Medical and sanitary report on the native army of Bombay for the year
Year: 1879
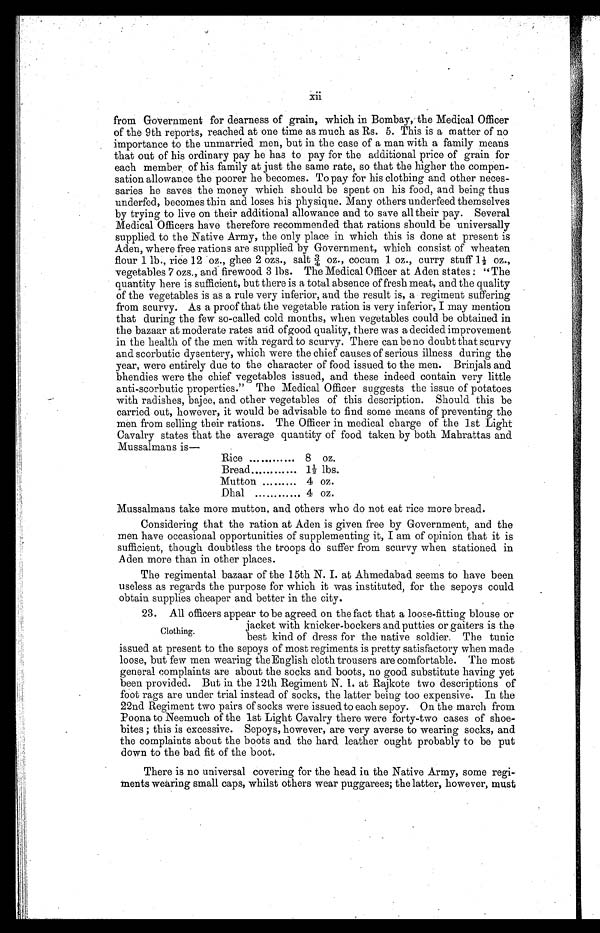
from Government for dearness of grain, which in Bombay, the Medical Officer
of the 9th reports, reached at one time as much as Rs. 5. This is a matter of no
importance to the unmarried men, but in the case of a man with a family means
that out of his ordinary pay he has to pay for the additional price of grain for
each member of his family at just the same rate, so that the higher the compen-
sation allowance the poorer he becomes. To pay for his clothing and other neces-
saries he saves the money which should be spent on his food, and being thus
underfed, becomes thin and loses his physique. Many others underfeed themselves
by trying to live on their additional allowance and to save all their pay. Several
Medical Officers have therefore recommended that rations should be universally
supplied to the Native Army, the only place in which this is done at present is
Aden, where free rations are supplied by Government, which consist of wheaten
flour 1 lb., rice 12 oz., ghee 2 ozs., salt ¾ oz., cocum 1 oz., curry stuff 1½ oz.,
vegetables 7 ozs., and firewood 3 lbs. The Medical Officer at Aden states : “The
quantity here is sufficient, but there is a total absence of fresh meat, and the quality
of the vegetables is as a rule very inferior, and the result is, a regiment suffering
from scurvy. As a proof that the vegetable ration is very inferior, I may mention
that during the few so-called cold months, when vegetables could be obtained in
the bazaar at moderate rates and of good quality, there was a decided improvement
in the health of the men with regard to scurvy. There can be no doubt that scurvy
and scorbutic dysentery, which were the chief causes of serious illness during the
year, were entirely due to the character of food issued to the men. Brinjals and
bhendies were the chief vegetables issued, and these indeed contain very little
anti-scorbutic properties.” The Medical Officer suggests the issue of potatoes
with radishes, bajee, and other vegetables of this description. Should this be
carried out, however, it would be advisable to find some means of preventing the
men from selling their rations. The Officer in medical charge of the 1st Light
Cavalry states that the average quantity of food taken by both Mahrattas and
Mussalmans is
Rice ............ 8 oz.
Bread
1½ lbs.
Mutton
4 oz.
Dhal
4 oz.
Mussalmans take more mutton, and others who do not eat rice more bread.
Considering that the ration at Aden is given free by Government, and the
men have occasional opportunities of supplementing it, I am of opinion that it is
sufficient, though doubtless the troops do suffer from scurvy when stationed in
Aden more than in other places.
The regimental bazaar of the 15th N. I. at Ahmedabad seems to have been
useless as regards the purpose for which it was instituted, for the sepoys could
obtain supplies cheaper and better in the city.
23. All officers appear to be agreed on the fact that a loose-fitting blouse or
jacket with knicker-bockers and putties or gaiters is the
best kind of dress for the native soldier. The tunic
issued at present to the sepoys of most regiments is pretty satisfactory when made
loose, but few men wearing the English cloth trousers are comfortable. The most
general complaints are about the socks and boots, no good substitute having yet
been provided. But in the 12th Regiment N. I. at Rajkote two descriptions of
foot rags are under trial instead of socks, the latter being too expensive. In the
22nd Regiment two pairs of socks were issued to each sepoy. On the march from
Poona to Neemuch of the 1st Light Cavalry there were forty-two cases of shoe-
bites ; this is excessive. Sepoys, however, are very averse to wearing socks, and
the complaints about the boots and the hard leather ought probably to be put
down to the bad fit of the boot.
There is no universal covering for the head in the Native Army, some regi-
ments wearing small caps, whilst others wear puggarees; the latter, however, must
Clothing.